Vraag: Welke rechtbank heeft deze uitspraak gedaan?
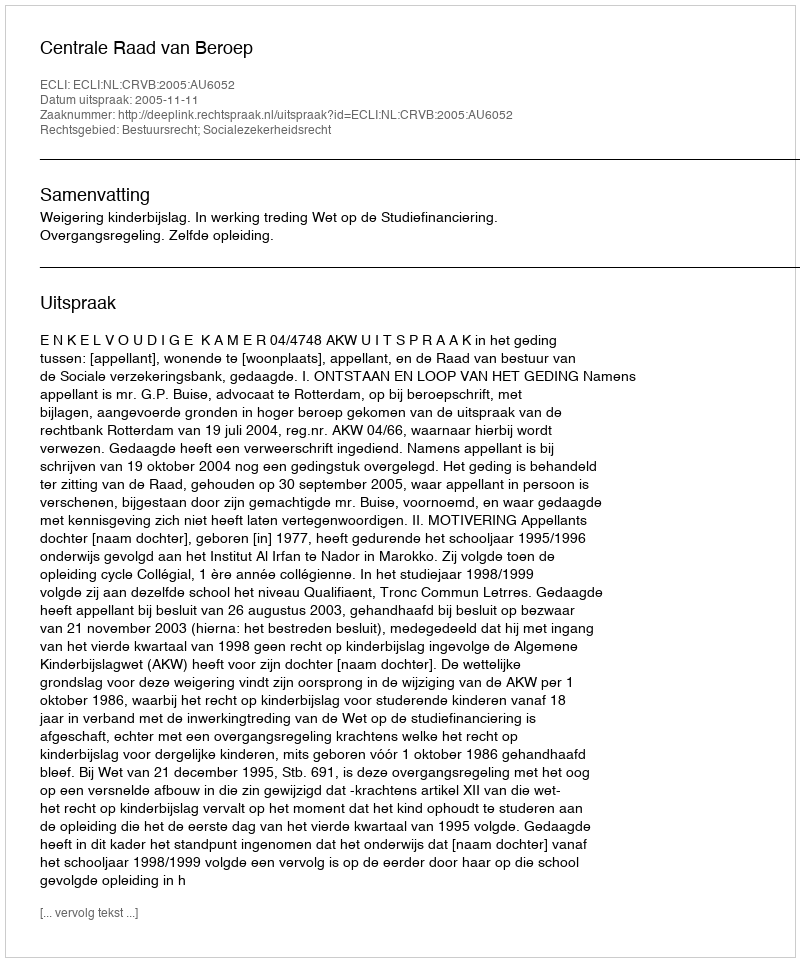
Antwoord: Centrale Raad van Beroep